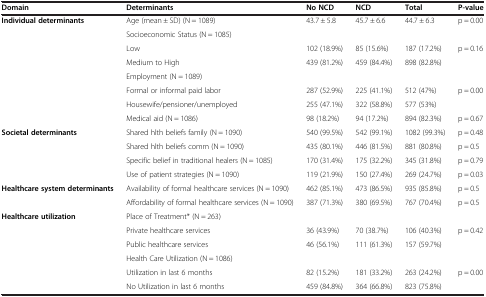
<table><thead><tr><td><b>Domain</b></td><td><b>Determinants</b></td><td><b>No NCD</b></td><td><b>NCD</b></td><td><b>Total</b></td><td><b>P-value</b></td></tr></thead><tbody><tr><td><b>Individual determinants</b></td><td>Age (mean ± SD) (N = 1089)</td><td>43.7 ± 5.8</td><td>45.7 ± 6.6</td><td>44.7 ± 6.3</td><td>p = 0.00</td></tr><tr><td></td><td>Socioeconomic Status (N = 1085)</td><td></td><td></td><td></td><td></td></tr><tr><td></td><td>Low</td><td>102 (18.9%)</td><td>85 (15.6%)</td><td>187 (17.2%)</td><td>p = 0.16</td></tr><tr><td></td><td>Medium to High</td><td>439 (81.2%)</td><td>459 (84.4%)</td><td>898 (82.8%)</td><td></td></tr><tr><td></td><td>Employment (N = 1089)</td><td></td><td></td><td></td><td></td></tr><tr><td></td><td>Formal or informal paid labor</td><td>287 (52.9%)</td><td>225 (41.1%)</td><td>512 (47%)</td><td>p = 0.00</td></tr><tr><td></td><td>Housewife/pensioner/unemployed</td><td>255 (47.1%)</td><td>322 (58.8%)</td><td>577 (53%)</td><td></td></tr><tr><td></td><td>Medical aid (N = 1086)</td><td>98 (18.2%)</td><td>94 (17.2%)</td><td>894 (82.3%)</td><td>p = 0.67</td></tr><tr><td><b>Societal determinants</b></td><td>Shared hlth beliefs family (N = 1090)</td><td>540 (99.5%)</td><td>542 (99.1%)</td><td>1082 (99.3%)</td><td>p = 0.48</td></tr><tr><td></td><td>Shared hlth beliefs comm (N = 1090)</td><td>435 (80.1%)</td><td>446 (81.5%)</td><td>881 (80.8%)</td><td>p = 0.5</td></tr><tr><td></td><td>Specific belief in traditional healers (N = 1085)</td><td>170 (31.4%)</td><td>175 (32.2%)</td><td>345 (31.8%)</td><td>p = 0.79</td></tr><tr><td></td><td>Use of patient strategies (N = 1090)</td><td>119 (21.9%)</td><td>150 (27.4%)</td><td>269 (24.7%)</td><td>p = 0.03</td></tr><tr><td><b>Healthcare system determinants</b></td><td>Availability of formal healthcare services (N = 1090)</td><td>462 (85.1%)</td><td>473 (86.5%)</td><td>935 (85.8%)</td><td>p = 0.5</td></tr><tr><td></td><td>Affordability of formal healthcare services (N = 1090)</td><td>387 (71.3%)</td><td>380 (69.5%)</td><td>767 (70.4%)</td><td>p = 0.5</td></tr><tr><td><b>Healthcare utilization</b></td><td>Place of Treatment* (N = 263)</td><td></td><td></td><td></td><td></td></tr><tr><td></td><td>Private healthcare services</td><td>36 (43.9%)</td><td>70 (38.7%)</td><td>106 (40.3%)</td><td>p = 0.42</td></tr><tr><td></td><td>Public healthcare services</td><td>46 (56.1%)</td><td>111 (61.3%)</td><td>157 (59.7%)</td><td></td></tr><tr><td></td><td>Health Care Utilization (N = 1086)</td><td></td><td></td><td></td><td></td></tr><tr><td></td><td>Utilization in last 6 months</td><td>82 (15.2%)</td><td>181 (33.2%)</td><td>263 (24.2%)</td><td>p = 0.00</td></tr><tr><td></td><td>No Utilization in last 6 months</td><td>459 (84.8%)</td><td>364 (66.8%)</td><td>823 (75.8%)</td><td></td></tr></tbody></table>